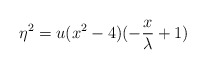
\begin{align*}\eta^{2}=u(x^{2}-4)(-\frac{x}{\lambda} +1)\end{align*}